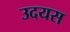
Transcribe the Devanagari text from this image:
उदयस